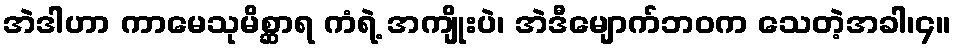
အဲဒါဟာ ကာမေသုမိစ္ဆာရ ကံရဲ့ အကျိုးပဲ၊ အဲဒီမျောက်ဘဝက သေတဲ့အခါ၊၄။